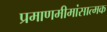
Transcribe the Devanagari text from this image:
प्रमाणमीमांसात्मक